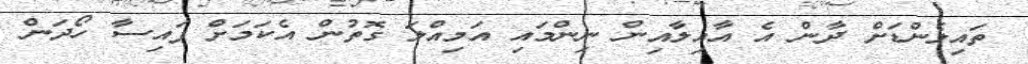
ތައިލެންޑަށް ދާން އެ އާއިލާއިން ނިންމައި އަމިއްލަ ގޮތުން އެކަމަށް ފައިސާ ހޯދަން